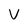
Character: V